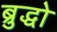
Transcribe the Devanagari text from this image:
ब्रुद्धो